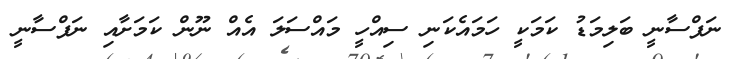
ނަފްސާނީ ބަލިމަޑު ކަމަކީ ހަމައެކަނި ސިއްހީ މައްސަލަ އެއް ނޫން ކަމަށާއި ނަފްސާނީ